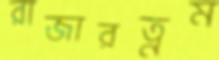
রাজারত্নম